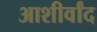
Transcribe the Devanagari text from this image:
आशीर्वांद